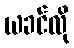
ယခင်လို